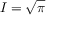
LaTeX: I = { \sqrt { \pi } }